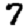
Digit: 7